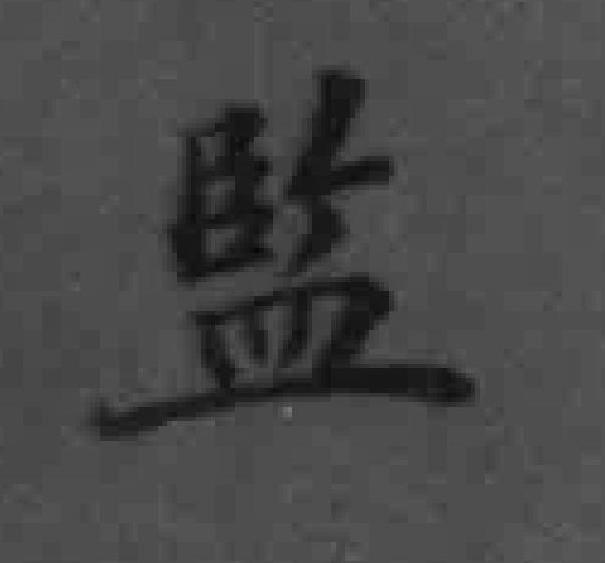
監